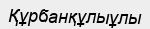
Құрбанқұлыұлы